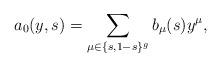
LaTeX: \begin{align*}a_0(y,s)=\sum_{\mu\in\{s,1-s\}^{g}} b_{\mu}(s)y^{\mu}, \end{align*}